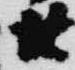
廿